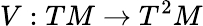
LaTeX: V:TM\rightarrow T^{2}M